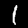
Digit: 1